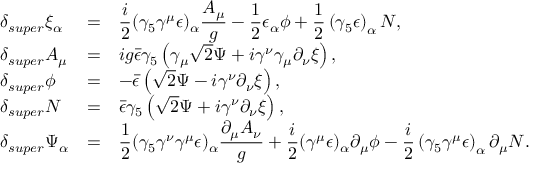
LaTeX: \begin{array} { l c l } { { \delta _ { s u p e r } \xi _ { \alpha } } } & { { = } } & { { \displaystyle \frac { i } { 2 } ( \gamma _ { 5 } \gamma ^ { \mu } \epsilon ) _ { \alpha } \frac { A _ { \mu } } { g } - \frac { 1 } { 2 } \epsilon _ { \alpha } \phi + { \frac { 1 } { 2 } } \left( \gamma _ { 5 } \epsilon \right) _ { \alpha } N , } } \\ { { \delta _ { s u p e r } A _ { \mu } } } & { { = } } & { { i g \bar { \epsilon } \gamma _ { 5 } \left( \gamma _ { \mu } \sqrt { 2 } \Psi + i \gamma ^ { \nu } \gamma _ { \mu } \partial _ { \nu } \xi \right) , } } \\ { { \delta _ { s u p e r } \phi } } & { { = } } & { { - \bar { \epsilon } \left( \sqrt { 2 } \Psi - i \gamma ^ { \nu } \partial _ { \nu } \xi \right) , } } \\ { { \delta _ { s u p e r } N } } & { { = } } & { { \bar { \epsilon } \gamma _ { 5 } \left( \sqrt { 2 } \Psi + i \gamma ^ { \nu } \partial _ { \nu } \xi \right) , } } \\ { { \delta _ { s u p e r } \Psi _ { \alpha } } } & { { = } } & { { \displaystyle \frac { 1 } { 2 } ( \gamma _ { 5 } \gamma ^ { \nu } \gamma ^ { \mu } \epsilon ) _ { \alpha } \frac { \partial _ { \mu } A _ { \nu } } { g } + \frac { i } { 2 } ( \gamma ^ { \mu } \epsilon ) _ { \alpha } \partial _ { \mu } \phi - { \frac { i } { 2 } } \left( \gamma _ { 5 } \gamma ^ { \mu } \epsilon \right) _ { \alpha } \partial _ { \mu } N . } } \end{array}